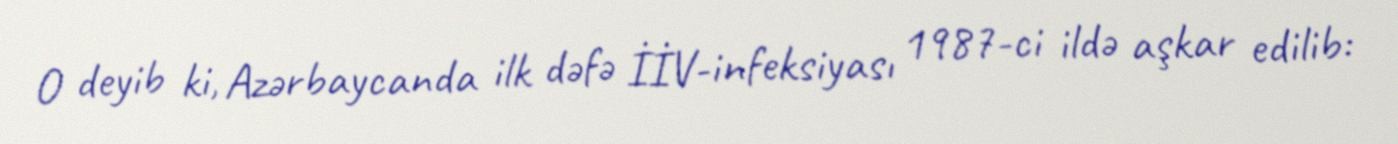
O deyib ki, Azərbaycanda ilk dəfə İİV-infeksiyası 1987-ci ildə aşkar edilib: